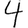
Digit: 4